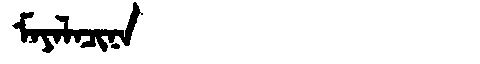
Manchu: ᠮᠠᠶᠠᠯᠠᠴᡳᠨᠠ
Romanization: MAYALACINA